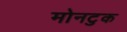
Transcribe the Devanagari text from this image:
मोनटुक